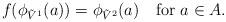
LaTeX: \begin{align*} f(\phi_{\tilde{V}^1}(a))=\phi_{\tilde{V}^2}(a)~~~\mbox{for $a\in A$}.\end{align*}